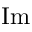
\operatorname { I m }